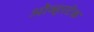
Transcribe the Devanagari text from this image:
ओव्हरटेक